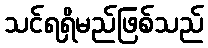
သင်ရရှိမည်ဖြစ်သည်